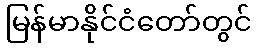
မြန်မာနိုင်ငံတော်တွင်